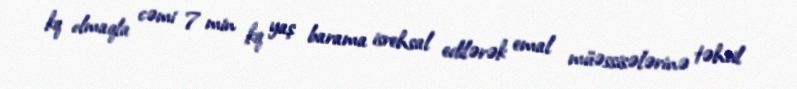
kq olmaqla cəmi 7 min kq yaş barama isrehsal edilərək emal müəssisələrinə təhvil